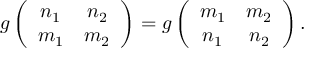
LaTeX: g \left( \begin{array} { c c } { { n _ { 1 } } } & { { n _ { 2 } } } \\ { { m _ { 1 } } } & { { m _ { 2 } } } \end{array} \right) = g \left( \begin{array} { c c } { { m _ { 1 } } } & { { m _ { 2 } } } \\ { { n _ { 1 } } } & { { n _ { 2 } } } \end{array} \right) .